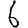
Digit: 6